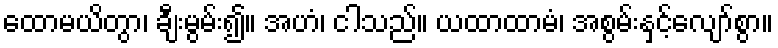
ထောမယိတွာ၊ ချီးမွမ်း၍။ အဟံ၊ ငါသည်။ ယထာထာမံ၊ အစွမ်းနှင့်လျော်စွာ။